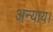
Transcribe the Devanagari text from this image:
अन्याय।